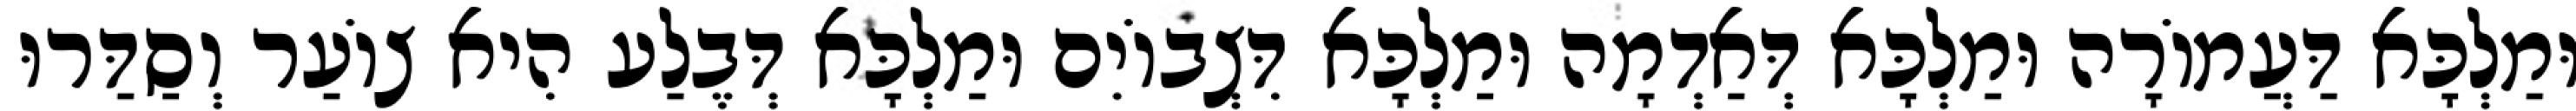
וּמַלְכָּא דַּעֲמוֹרָה וּמַלְכָּא דְּאַדְמָה וּמַלְכָּא דִּצְבוֹיִם וּמַלְכָּא דְּבֶלַע הִיא צוֹעַר וְסַדַּרוּ